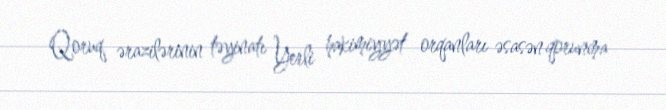
Qoruq ərazilərinin təyinatı Yerli hakimiyyət orqanları əsasən qorunma